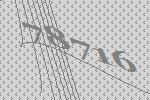
78716